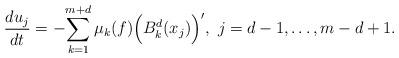
LaTeX: \begin{align*} \frac{du_j}{dt}=-\displaystyle{\sum_{k=1}^{m+d}\mu_k(f)\Big(B^d_k(x_j)\Big)'}, ~j=d-1,\ldots,m-d+1.\end{align*}